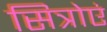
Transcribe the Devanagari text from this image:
सित्रोएं